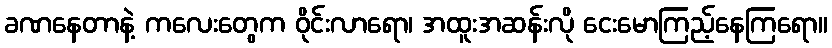
ခဏနေတာနဲ့ ကလေးတွေက ဝိုင်းလာရော၊ အထူးအဆန်းလို ငေးမောကြည့်နေကြရော။